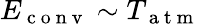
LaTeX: E_{\mathrm{~c~o~n~v~}}\sim T_{\mathrm{~a~t~m~}}